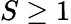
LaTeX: S\geq 1